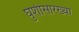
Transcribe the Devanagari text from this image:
घुशीसारख्या